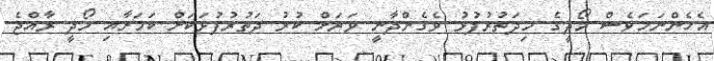
އެހެންނަމަވެސް މޯދީގެ މިދަތުރުފުޅު ވެގެންދާނީ ވަރަށް ކުރު ދަތުރުފުޅަކަށް ކަމަށާއި މޯދީ ރާއްޖެ